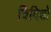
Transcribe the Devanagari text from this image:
विदिशो